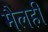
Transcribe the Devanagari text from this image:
मैलही